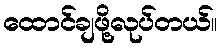
ထောင်ချဖို့လုပ်တယ်။